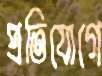
প্রতিযোগে